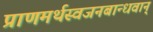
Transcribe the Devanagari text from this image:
प्राणमर्थस्वजनबान्धवान्